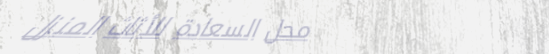
محل السعادة للأثاث المنزل